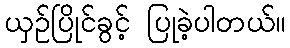
ယှဉ်ပြိုင်ခွင့် ပြုခဲ့ပါတယ်။